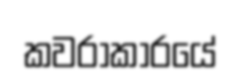
කවරාකාරයේ